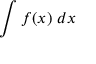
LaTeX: \int f ( x ) \ d x